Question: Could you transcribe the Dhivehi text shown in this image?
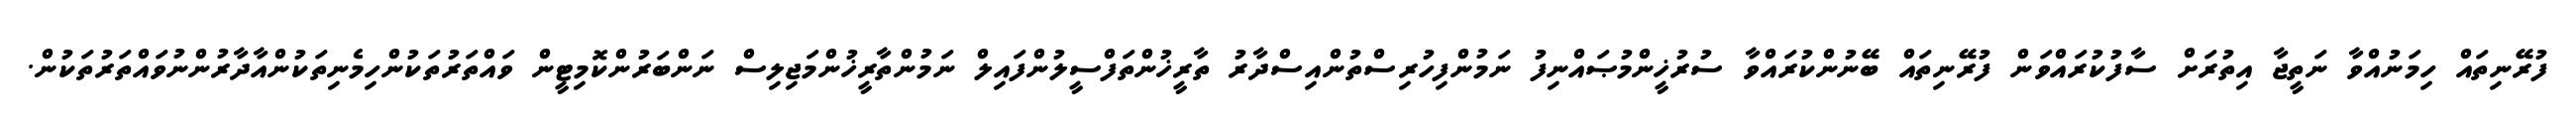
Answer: ފުރޭނިތައް ހިމަނުއްވާ ނަތީޖާ އިތުރަށް ސާފުކުރައްވަން ފުރޭނިތައް ބޭނުންކުރައްވާ ސުރުޚީންމުޞައްނިފު ނަމުންފިހުރިސްތުންއިސްދާރު ތާރީޚުންތަފްސީލުންފައިލް ނަމުންތާރީޚުންމަޖިލިސް ނަންބަރުންކޮމިޓީން ވައްތަރުތަކުންހިމެނިތަކުންއާދާރުންނުވައްތަރުތަކުން.